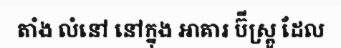
តាំង លំនៅ នៅក្នុង អាគារ ប៊ីស្ត្រូ ដែល